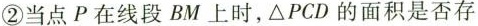
②当点P在线段BM上时，\triangle PCD的面积是否存